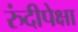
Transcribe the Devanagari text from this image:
रुंदीपेक्षा